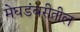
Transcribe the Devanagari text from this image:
मेघडंबरीतील